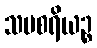
သမစရိယဉ္စ